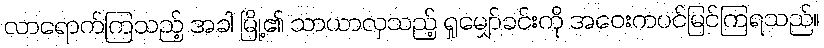
လာရောက်ကြသည့် အခါ မြို့၏ သာယာလှသည့် ရှုမျှော်ခင်းကို အဝေးကပင်မြင်ကြရသည်။